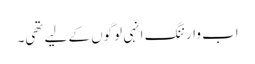
اب وارننگ انہی لوگوں کے لیے تھی۔